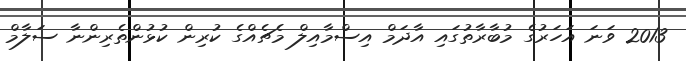
2013 ވަނަ އަހަރުގެ މުބާރާތުގައި އާދަމް އިސްމާއިލް މެޗެއްގެ ކުރިން ކުޅުންތެރިންނާ ސަލާމް